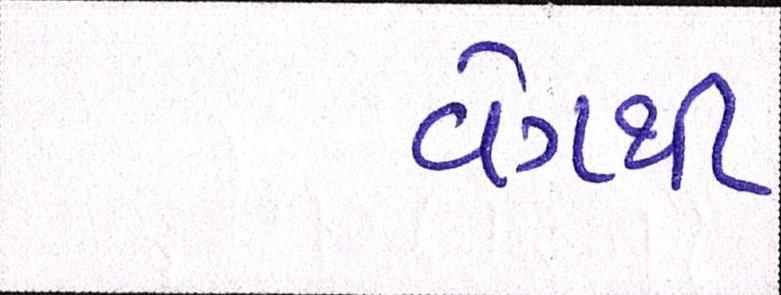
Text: વેગથી